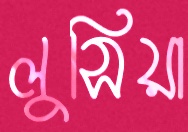
লুসিয়া